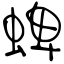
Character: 蜱